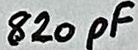
Text: 820pF